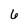
Character: 6